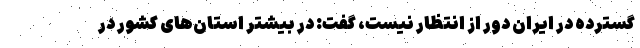
گسترده در ایران دور از انتظار نیست، گفت: در بیشتر استان‌های کشور در